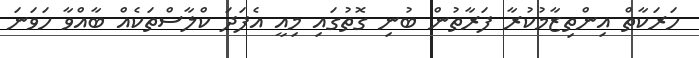
ހަރަކާތް އިންތިޒާމުކުރާ ފަރާތުން ބުނި ގޮތުގައި މިއީ އެފަދަ ކްލާސްތަކެއް ބާއްވާ ހަވަނަ